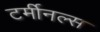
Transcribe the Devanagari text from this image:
टर्मीनल्स